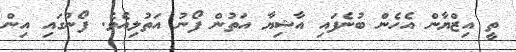
ތީ އިޒްޔާން އެހެން ބުނެފައި އާޝިޔާ އަތުން ފޯނު އަތުލިއެވެ. ފޯނުގައި އިން